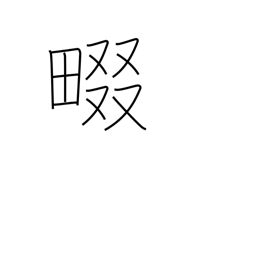
Meaning: rice field ridge path